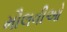
મૌલવીઓ